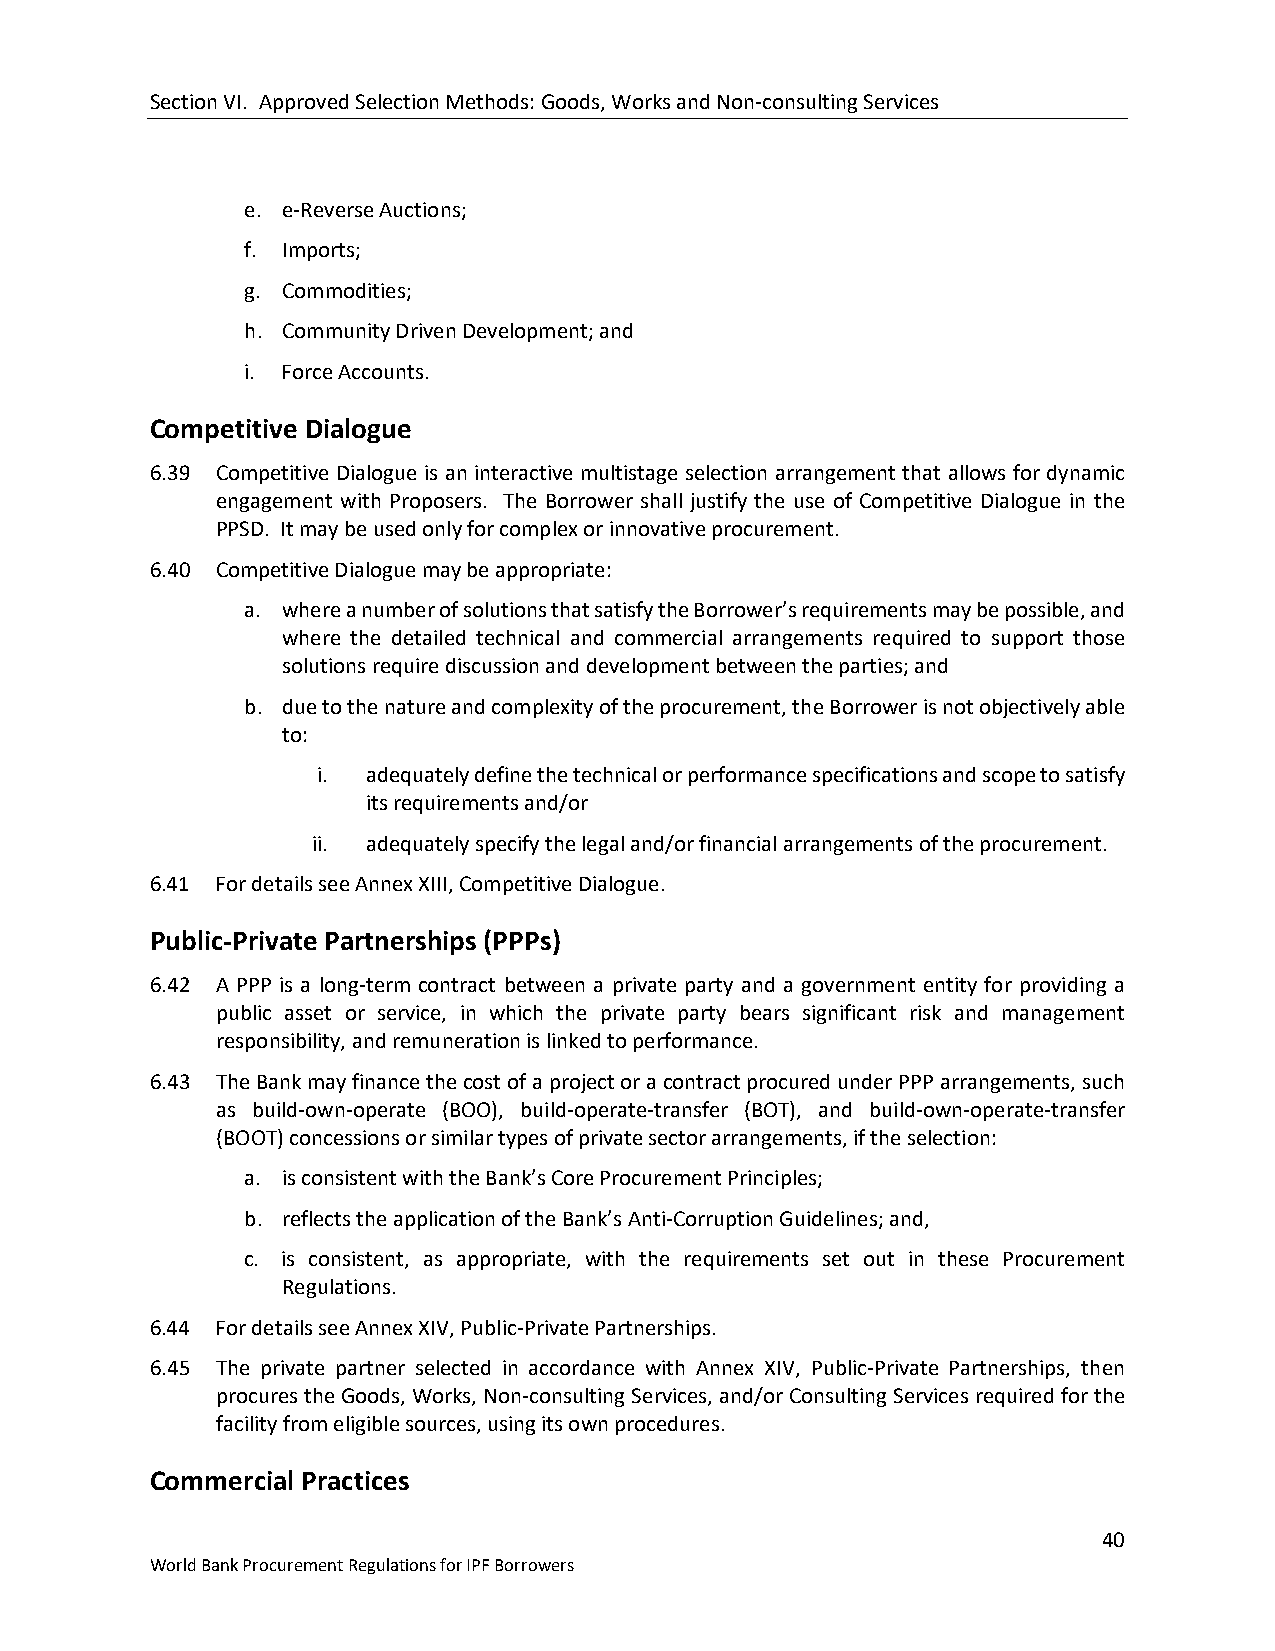
Section VI. Approved Selection Methods: Goods, Works and Non-consulting Services
 e. e-Reverse Auctions;
 f. Imports;
 g. Commodities;
 h. Community Driven Development; and
 i. Force Accounts.
 Competitive Dialogue
 6.39 Competitive Dialogue is an interactive multistage selection arrangement that allows for dynamic
 engagement with Proposers. The Borrower shall justify the use of Competitive Dialogue in the
 PPSD. It may be used only for complex or innovative procurement.
 6.40 Competitive Dialogue may be appropriate:
 a. where a number of solutions that satisfy the Borrower’s requirements may be possible, and
 where the detailed technical and commercial arrangements required to support those
 solutions require discussion and development between the parties; and
 b. due to the nature and complexity of the procurement, the Borrower is not objectively able
 to:
 i. adequately define the technical or performance specifications and scope to satisfy
 its requirements and/or
 ii. adequately specify the legal and/or financial arrangements of the procurement.
 6.41 For details see Annex XIII, Competitive Dialogue.
 Public-Private Partnerships (PPPs)
 6.42 A PPP is a long-term contract between a private party and a government entity for providing a
 public asset or service, in which the private party bears significant risk and management
 responsibility, and remuneration is linked to performance.
 6.43 The Bank may finance the cost of a project or a contract procured under PPP arrangements, such
 as build-own-operate (BOO), build-operate-transfer (BOT), and build-own-operate-transfer
 (BOOT) concessions or similar types of private sector arrangements, if the selection:
 a. is consistent with the Bank’s Core Procurement Principles;
 b. reflects the application of the Bank’s Anti-Corruption Guidelines; and,
 c. is consistent, as appropriate, with the requirements set out in these Procurement
 Regulations.
 6.44 For details see Annex XIV, Public-Private Partnerships.
 6.45 The private partner selected in accordance with Annex XIV, Public-Private Partnerships, then
 procures the Goods, Works, Non-consulting Services, and/or Consulting Services required for the
 facility from eligible sources, using its own procedures.
 Commercial Practices
 40
 World Bank Procurement Regulations for IPF Borrowers